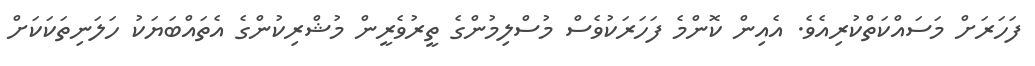
ފަހަރަށް މަސައްކަތްކުރިއެވެ. އެއިން ކޮންމެ ފަހަރަކުވެސް މުސްލިމުންގެ ތީރުވެރީން މުޝްރިކުންގެ އެތައްބަޔަކު ހަލަނިތަކަކަށް